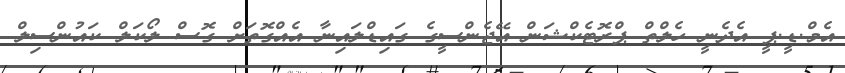
އެމް.ޑީ.ޕީ އެދެނީ ހެލްތް ޕްރޮޓެކްޝަން އޭޖެންސީގެ ގައިޑްލައިނާ އެއްގޮތަށް ގޮސް ލޯކަލް ކައުންސިލް